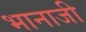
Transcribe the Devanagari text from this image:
भानाजी